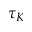
\tau _ { K }